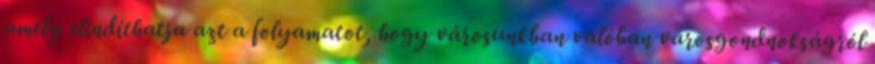
amely elindíthatja azt a folyamatot, hogy városunkban valóban városgondnokságról